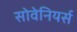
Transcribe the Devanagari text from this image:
सोवेनियर्स